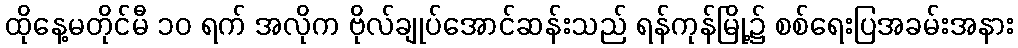
ထိုနေ့မတိုင်မီ ၁၀ ရက် အလိုက ဗိုလ်ချုပ်အောင်ဆန်းသည် ရန်ကုန်မြို့၌ စစ်ရေးပြအခမ်းအနား